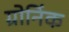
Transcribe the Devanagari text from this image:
ग्रोनिंक